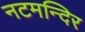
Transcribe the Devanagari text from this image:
नटमन्दिर